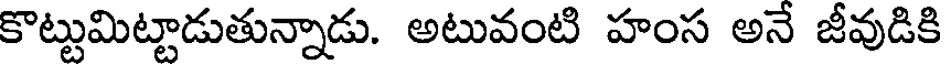
కొట్టుమిట్టాడుతున్నాడు. అటువంటి హంస అనే జీవుడికి